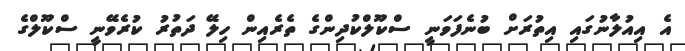
އެ އިއުލާނުގައި އިތުރަށް ބުނެފަވަނީ ސްކޫލްކުދިންގެ ތެރެއިން ހިލޭ ދަތުރު ކުރެވޭނީ ސްކޫލްގެ